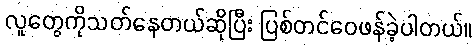
လူတွေကိုသတ်နေတယ်ဆိုပြီး ပြစ်တင်ဝေဖန်ခဲ့ပါတယ်။